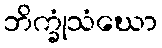
ဘိက္ခုံသံဃော